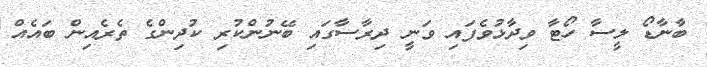
ބާނާޑޯ ލީސާ ހޯޓާ ވިދާޅުވެފައި ވަނީ ދިރާސާގައި ބޭނުންކުރި ކުދިންގެ ތެރެއިން ބައެއް